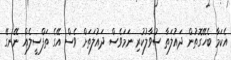
އެކަމާ ބެހޭގޮތުން ދައުލަތާ ސުވާލުކުރި ނަމަވެސް ދައުލަތަށް ވެސް އޭގެ ތަފްސީލެއް ނޭނގޭ